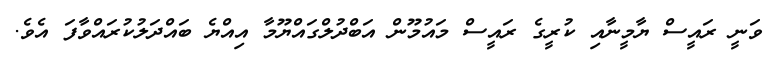
ވަނީ ރައީސް ޔާމީނާއި ކުރީގެ ރައީސް މައުމޫން އަބްދުލްގައްޔޫމާ އިއްޔެ ބައްދަލުކުރައްވާފަ އެވެ.